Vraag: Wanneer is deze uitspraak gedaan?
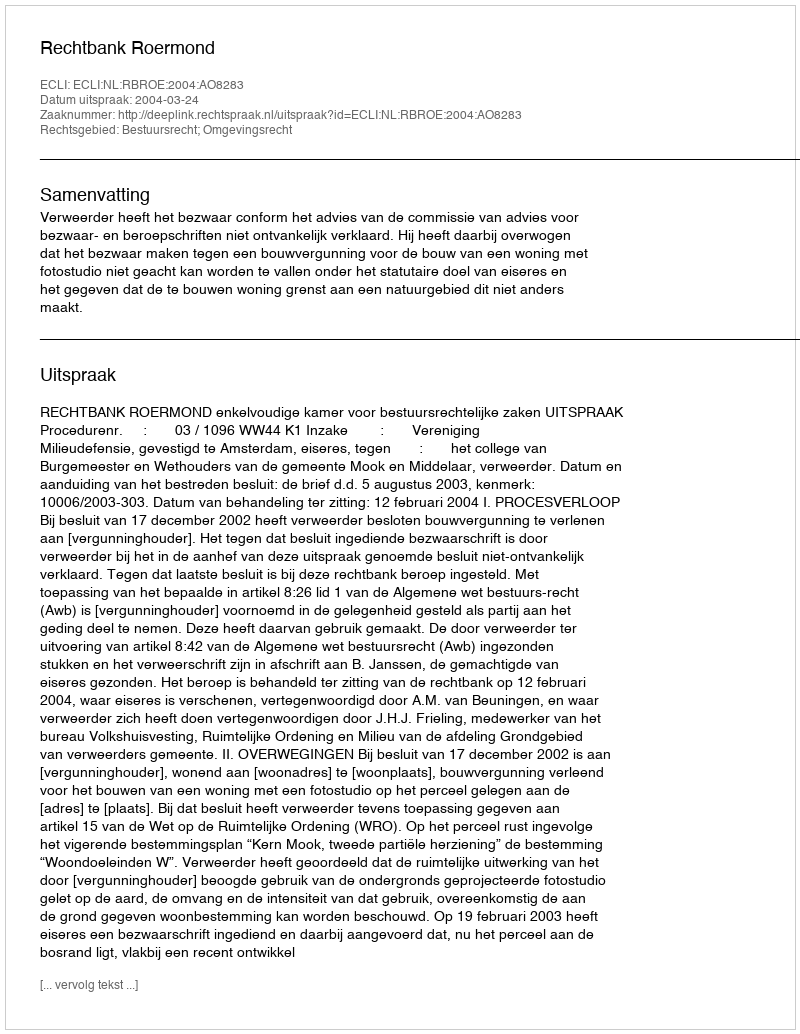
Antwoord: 2004-03-24